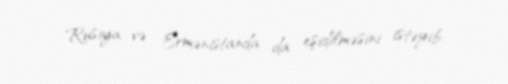
Rusiya və Ermənistanda da eşidilməsini istəyib.